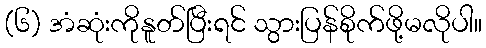
(၆) အံဆုံးကိုနူတ်ပြီးရင် သွားပြန်စိုက်ဖို့မလိုပါ။